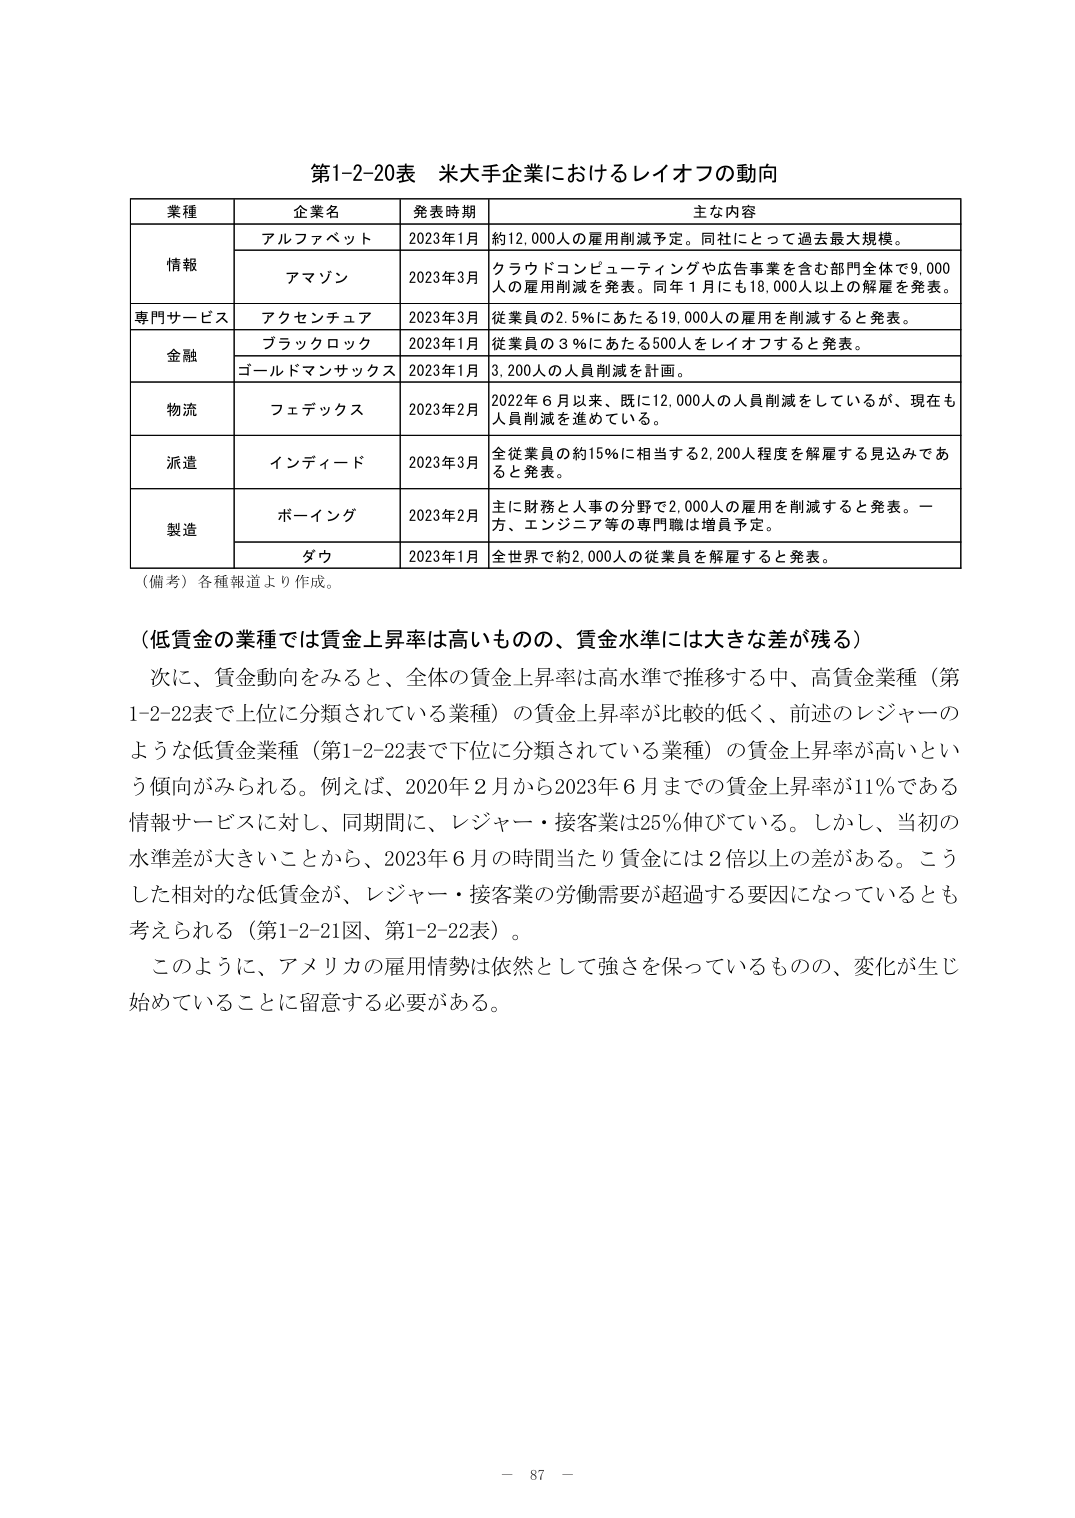
第1-2-20表 米大手企業におけるレイオフの動向

業種 企業名 発表時期 主な内容
情報 アルファベット 2023年1月 約12,000人の雇用削減予定。同社にとって過去最大規模。
　　 アマゾン 2023年3月 クラウドコンピューティングや広告事業を含む部門全体で9,000人の雇用削減を発表。同年1月にも18,000人以上の解雇を発表。
専門サービス アクセンチュア 2023年3月 従業員の2.5％にあたる19,000人の雇用を削減すると発表。
金融 ブラックロック 2023年1月 従業員の3％にあたる500人をレイオフすると発表。
　　 ゴールドマンサックス 2023年1月 3,200人の人員削減を計画。
物流 フェデックス 2023年2月 2022年6月以来、既に12,000人の人員削減をしているが、現在も人員削減を進めている。
派遣 インディード 2023年3月 全従業員の約15％に相当する2,200人程度を解雇する見込みであると発表。
製造 ボーイング 2023年2月 主に財務と人事の分野で2,000人の雇用を削減すると発表。一方、エンジニア等の専門職は増員予定。
　　 ダウ 2023年1月 全世界で約2,000人の従業員を解雇すると発表。

（備考）各種報道より作成。

（低賃金の業種では賃金上昇率は高いものの、賃金水準には大きな差が残る）

次に、賃金動向をみると、全体の賃金上昇率は高水準で推移する中、高賃金業種（第1-2-22表で上位に分類されている業種）の賃金上昇率が比較的低く、前述のレジャーのような低賃金業種（第1-2-22表で下位に分類されている業種）の賃金上昇率が高いという傾向がみられる。例えば、2020年2月から2023年6月までの賃金上昇率が11％である情報サービスに対し、同期間に、レジャー・接客業は25％伸びている。しかし、当初の水準差が大きいことから、2023年6月の時間当たり賃金には2倍以上の差がある。こうした相対的な低賃金が、レジャー・接客業の労働需要が超過する要因になっているとも考えられる（第1-2-21図、第1-2-22表）。

このように、アメリカの雇用情勢は依然として強さを保っているものの、変化が生じ始めていることに留意する必要がある。

－ 87 －